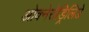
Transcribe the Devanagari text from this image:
ओक्नेरोड्रिलिडे